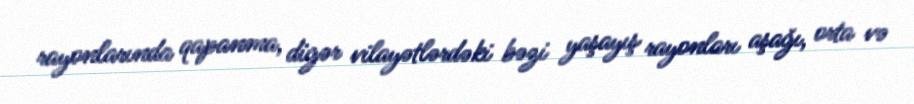
rayonlarında qapanma, digər vilayətlərdəki bəzi yaşayış rayonları aşağı, orta və